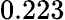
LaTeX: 0.223